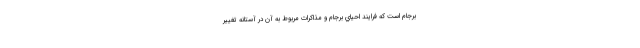
برجام است كه فرايند احياي برجام و مذاكرات مربوط به آن در آستانه تغيير